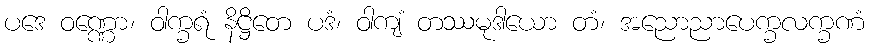
ပဒေ ဝဏ္ဏော၊ ဝါက္ခရံ နိဋ္ဌိတေ ပဒံ၊ ဝါကျံ တဿမုဒါယော တံ၊ အညောညာပေက္ခလက္ခဏံ